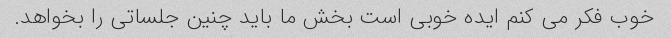
خوب فکر می کنم ایده خوبی است بخش ما باید چنین جلساتی را بخواهد.